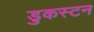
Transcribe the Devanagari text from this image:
डुकस्टन